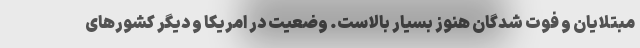
مبتلایان و فوت شدگان هنوز بسیار بالاست. وضعیت در امریکا و دیگر کشورهای